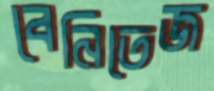
বেনিতেজ